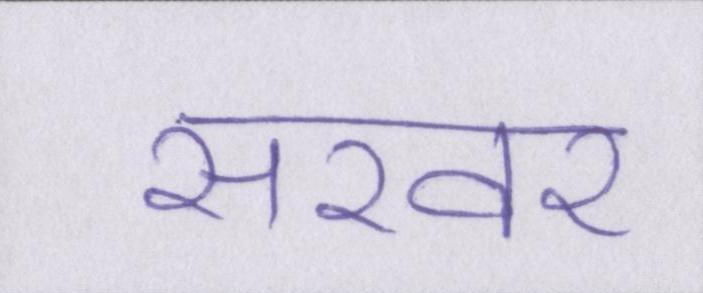
सरवर